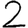
Digit: 2